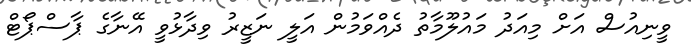
ވީނިއުސް އަށް މިއަދު މައުލޫމާތު ދެއްވަމުން އަލީ ނަޒީރު ވިދާޅުވީ އޭނާގެ ޕާސްޕޯޓް